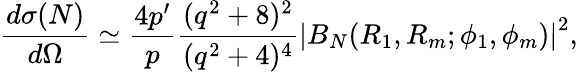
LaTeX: \frac{d{\sigma}(N)}{d\Omega}\simeq\frac{4p^{\prime}}{p}\frac{(q^{2}+8)^{2}}{(q^{2}+4)^{4}}\left|B_{N}(R_{1},R_{m};\phi_{1},\phi_{m})\right|^{2},